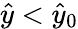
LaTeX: \hat{y}<\hat{y}_{0}